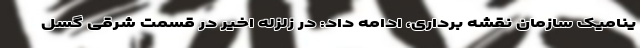
ینامیک سازمان نقشه برداری، ادامه داد: در زلزله اخیر در قسمت شرقی گسل